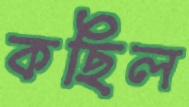
কছিল